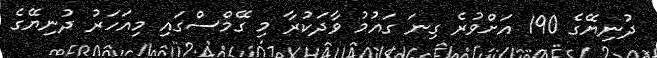
ދުނިޔޭގެ 190 އަށްވުރެ ގިނަ ގައުމު ވާދަކުރާ މި ގޭމްސްގައި މިއަހަރު ދުނިޔޭގެ